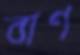
বাণ